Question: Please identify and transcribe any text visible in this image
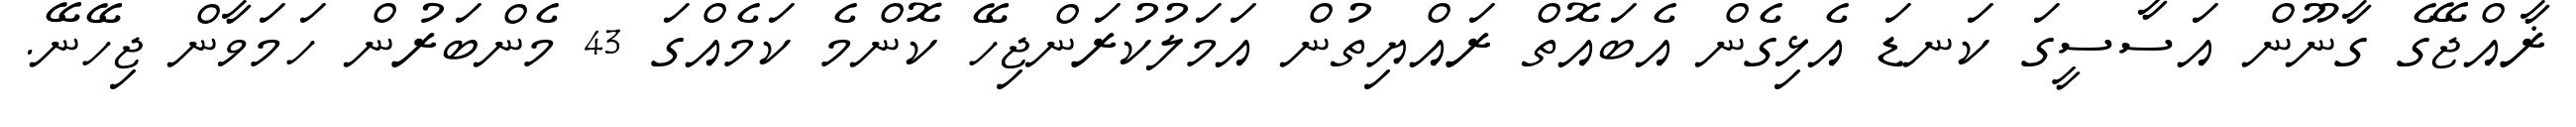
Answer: ޜާއްޖޭގެ ގާނޫން އަސާސީގަ ކަނޑަ އެޅިގެން އެބައޮތް ރައްޔިތުން އަމަލުކުރަންޖިހޭ ކޮންމެ ކަމެއްގަ 43 މެންބަރުން ހަމަވާން ޖިހޭނޭ.